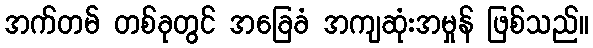
အက်တမ် တစ်ခုတွင် အခြေခံ အကျဆုံးအမှုန် ဖြစ်သည်။